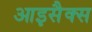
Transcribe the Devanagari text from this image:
आइसैक्स